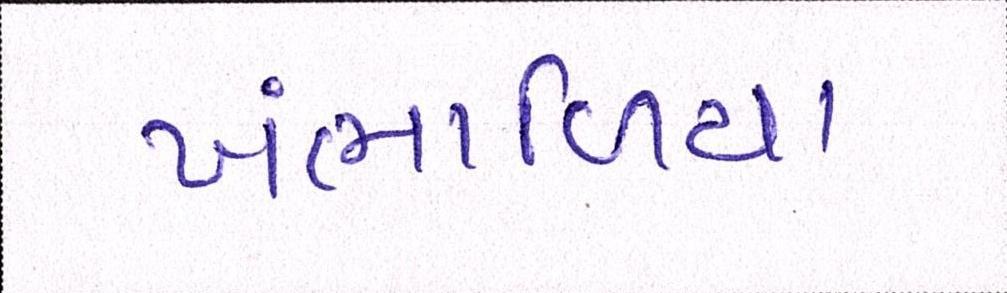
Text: ખંભાળિયા